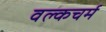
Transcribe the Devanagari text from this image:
वल्कचर्म